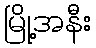
မြို့အနီး